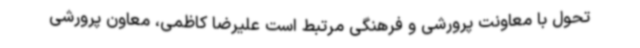
تحول با معاونت پرورشی و فرهنگی مرتبط است علیرضا کاظمی، معاون پرورشی